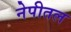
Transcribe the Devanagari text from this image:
नेपीतल